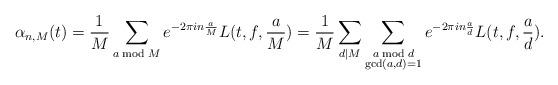
LaTeX: \begin{align*}\alpha_{n, M}(t)=\frac{1}{M} \sum_{a\bmod{M}} e^{-2\pi in \frac{a}{M}} L(t, f, \frac{a}{M})= \frac{1}{M} \sum_{d\mid M} \sum_{\substack{a\bmod{d} \\ \gcd(a, d)=1}} e^{-2\pi in \frac{a}{d}} L(t, f, \frac{a}{d}).\end{align*}